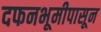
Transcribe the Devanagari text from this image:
दफनभूमीपासून